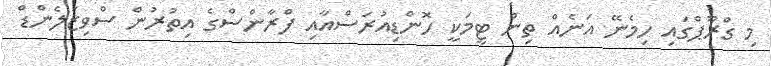
މި ގްރޫޕްގައި ހިމެނޭ އަނެއް ތިން ޓީމަކީ ހޮންޑިއުރަސްއާއި ފްރާންސްގެ އިތުރުން ސްވިޒަލެންޑް